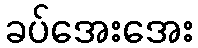
ခပ်အေးအေး